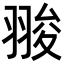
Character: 𦑁